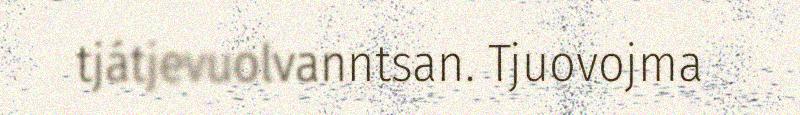
tjátjevuolvanntsan. Tjuovojma